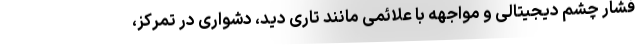
فشار چشم دیجیتالی و مواجهه با علائمی مانند تاری دید، دشواری در تمرکز،